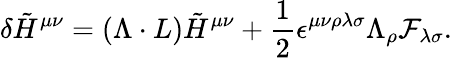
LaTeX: \delta\tilde{H}^{\mu\nu}=(\Lambda\cdot L)\tilde{H}^{\mu\nu}+{\frac{1}{2}}\epsilon^{\mu\nu\rho\lambda\sigma}\Lambda_{\rho}{\cal F}_{\lambda\sigma}.